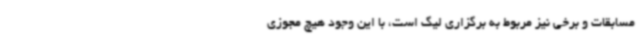
مسابقات و برخی نیز مربوط به برگزاری لیگ است، با این وجود هیچ مجوزی